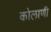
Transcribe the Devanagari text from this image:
कोलाणी